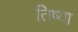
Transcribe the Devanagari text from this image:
तिष्या